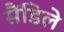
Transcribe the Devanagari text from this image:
सैंडिले